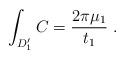
LaTeX: \begin{align*}\int_{D_1^{\prime}}C={2\pi\mu_1\over t_1} \ .\end{align*}